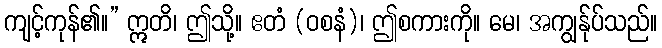
ကျင့်ကုန်၏။” ဣတိ၊ ဤသို့။ ဧတံ (ဝစနံ)၊ ဤစကားကို။ မေ၊ အကျွန်ုပ်သည်။